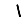
Digit: 1